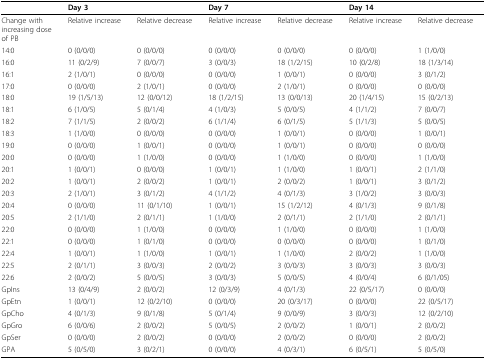
<table><thead><tr><td></td><td><b>Day 3</b></td><td></td><td><b>Day 7</b></td><td></td><td><b>Day 14</b></td><td></td></tr></thead><tbody><tr><td><b>Change with increasing dose of PB</b></td><td><b>Relative increase</b></td><td><b>Relative decrease</b></td><td><b>Relative increase</b></td><td><b>Relative decrease</b></td><td><b>Relative increase</b></td><td><b>Relative decrease</b></td></tr><tr><td>14:0</td><td>0 (0/0/0)</td><td>0 (0/0/0)</td><td>0 (0/0/0)</td><td>0 (0/0/0)</td><td>0 (0/0/0)</td><td>1 (1/0/0)</td></tr><tr><td>16:0</td><td>11 (0/2/9)</td><td>7 (0/0/7)</td><td>3 (0/0/3)</td><td>18 (1/2/15)</td><td>10 (0/2/8)</td><td>18 (1/3/14)</td></tr><tr><td>16:1</td><td>2 (1/0/1)</td><td>0 (0/0/0)</td><td>0 (0/0/0)</td><td>1 (0/0/1)</td><td>0 (0/0/0)</td><td>3 (0/1/2)</td></tr><tr><td>17:0</td><td>0 (0/0/0)</td><td>2 (1/0/1)</td><td>0 (0/0/0)</td><td>2 (1/0/1)</td><td>0 (0/0/0)</td><td>0 (0/0/0)</td></tr><tr><td>18:0</td><td>19 (1/5/13)</td><td>12 (0/0/12)</td><td>18 (1/2/15)</td><td>13 (0/0/13)</td><td>20 (1/4/15)</td><td>15 (0/2/13)</td></tr><tr><td>18:1</td><td>6 (1/0/5)</td><td>5 (0/1/4)</td><td>4 (1/0/3)</td><td>5 (0/0/5)</td><td>4 (1/1/2)</td><td>7 (0/0/7)</td></tr><tr><td>18:2</td><td>7 (1/1/5)</td><td>2 (0/0/2)</td><td>6 (1/1/4)</td><td>6 (0/1/5)</td><td>5 (1/1/3)</td><td>5 (0/0/5)</td></tr><tr><td>18:3</td><td>1 (1/0/0)</td><td>0 (0/0/0)</td><td>0 (0/0/0)</td><td>1 (0/0/1)</td><td>0 (0/0/0)</td><td>1 (0/0/1)</td></tr><tr><td>19:0</td><td>0 (0/0/0)</td><td>1 (0/0/1)</td><td>0 (0/0/0)</td><td>1 (0/0/1)</td><td>0 (0/0/0)</td><td>0 (0/0/0)</td></tr><tr><td>20:0</td><td>0 (0/0/0)</td><td>1 (1/0/0)</td><td>0 (0/0/0)</td><td>1 (1/0/0)</td><td>0 (0/0/0)</td><td>1 (1/0/0)</td></tr><tr><td>20:1</td><td>1 (0/0/1)</td><td>0 (0/0/0)</td><td>1 (0/0/1)</td><td>1 (1/0/0)</td><td>1 (0/0/1)</td><td>2 (1/1/0)</td></tr><tr><td>20:2</td><td>1 (0/0/1)</td><td>2 (0/0/2)</td><td>1 (0/0/1)</td><td>2 (0/0/2)</td><td>1 (0/0/1)</td><td>3 (0/1/2)</td></tr><tr><td>20:3</td><td>2 (1/0/1)</td><td>3 (0/1/2)</td><td>4 (1/1/2)</td><td>4 (0/1/3)</td><td>3 (1/0/2)</td><td>3 (0/0/3)</td></tr><tr><td>20:4</td><td>0 (0/0/0)</td><td>11 (0/1/10)</td><td>1 (0/0/1)</td><td>15 (1/2/12)</td><td>4 (0/1/3)</td><td>9 (0/1/8)</td></tr><tr><td>20:5</td><td>2 (1/1/0)</td><td>2 (0/1/1)</td><td>1 (1/0/0)</td><td>2 (0/1/1)</td><td>2 (1/1/0)</td><td>2 (0/1/1)</td></tr><tr><td>22:0</td><td>0 (0/0/0)</td><td>1 (1/0/0)</td><td>0 (0/0/0)</td><td>1 (1/0/0)</td><td>0 (0/0/0)</td><td>1 (1/0/0)</td></tr><tr><td>22:1</td><td>0 (0/0/0)</td><td>1 (0/1/0)</td><td>0 (0/0/0)</td><td>0 (0/0/0)</td><td>0 (0/0/0)</td><td>1 (0/1/0)</td></tr><tr><td>22:4</td><td>1 (0/0/1)</td><td>1 (1/0/0)</td><td>1 (0/0/1)</td><td>1 (1/0/0)</td><td>2 (0/0/2)</td><td>1 (1/0/0)</td></tr><tr><td>22:5</td><td>2 (0/1/1)</td><td>3 (0/0/3)</td><td>2 (0/0/2)</td><td>3 (0/0/3)</td><td>3 (0/0/3)</td><td>3 (0/0/3)</td></tr><tr><td>22:6</td><td>2 (0/0/2)</td><td>5 (0/0/5)</td><td>3 (0/0/3)</td><td>5 (0/0/5)</td><td>4 (0/0/4)</td><td>6 (0/1/05)</td></tr><tr><td>GpIns</td><td>13 (0/4/9)</td><td>2 (0/0/2)</td><td>12 (0/3/9)</td><td>4 (0/1/3)</td><td>22 (0/5/17)</td><td>0 (0/0/0)</td></tr><tr><td>GpEtn</td><td>1 (0/0/1)</td><td>12 (0/2/10)</td><td>0 (0/0/0)</td><td>20 (0/3/17)</td><td>0 (0/0/0)</td><td>22 (0/5/17)</td></tr><tr><td>GpCho</td><td>4 (0/1/3)</td><td>9 (0/1/8)</td><td>5 (0/1/4)</td><td>9 (0/0/9)</td><td>3 (0/0/3)</td><td>12 (0/2/10)</td></tr><tr><td>GpGro</td><td>6 (0/0/6)</td><td>2 (0/0/2)</td><td>5 (0/0/5)</td><td>2 (0/0/2)</td><td>1 (0/0/1)</td><td>2 (0/0/2)</td></tr><tr><td>GpSer</td><td>0 (0/0/0)</td><td>2 (0/0/2)</td><td>0 (0/0/0)</td><td>2 (0/0/2)</td><td>0 (0/0/0)</td><td>2 (0/0/2)</td></tr><tr><td>GPA</td><td>5 (0/5/0)</td><td>3 (0/2/1)</td><td>0 (0/0/0)</td><td>4 (0/3/1)</td><td>6 (0/5/1)</td><td>5 (0/5/0)</td></tr></tbody></table>